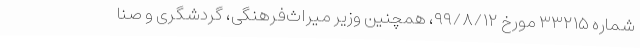
شماره ۳۳۲۱۵ مورخ ۹۹/۸/۱۲، همچنین وزیر میراث‌فرهنگی، گردشگری و صنا